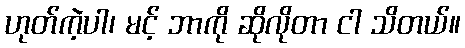
ဟုတ်ကဲ့ပါ၊ မင့် ဘာကို ဆိုလိုတာ ငါ သိတယ်။